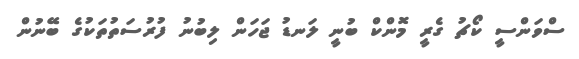
ސްވަންސީ ކޯޗު ގެރީ މޮންކް ބުނީ ލަނޑު ޖަހަން ލިބުނު ފުރުސަތުތަކުގެ ބޭނުން